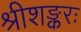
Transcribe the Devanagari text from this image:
श्रीशङ्करः